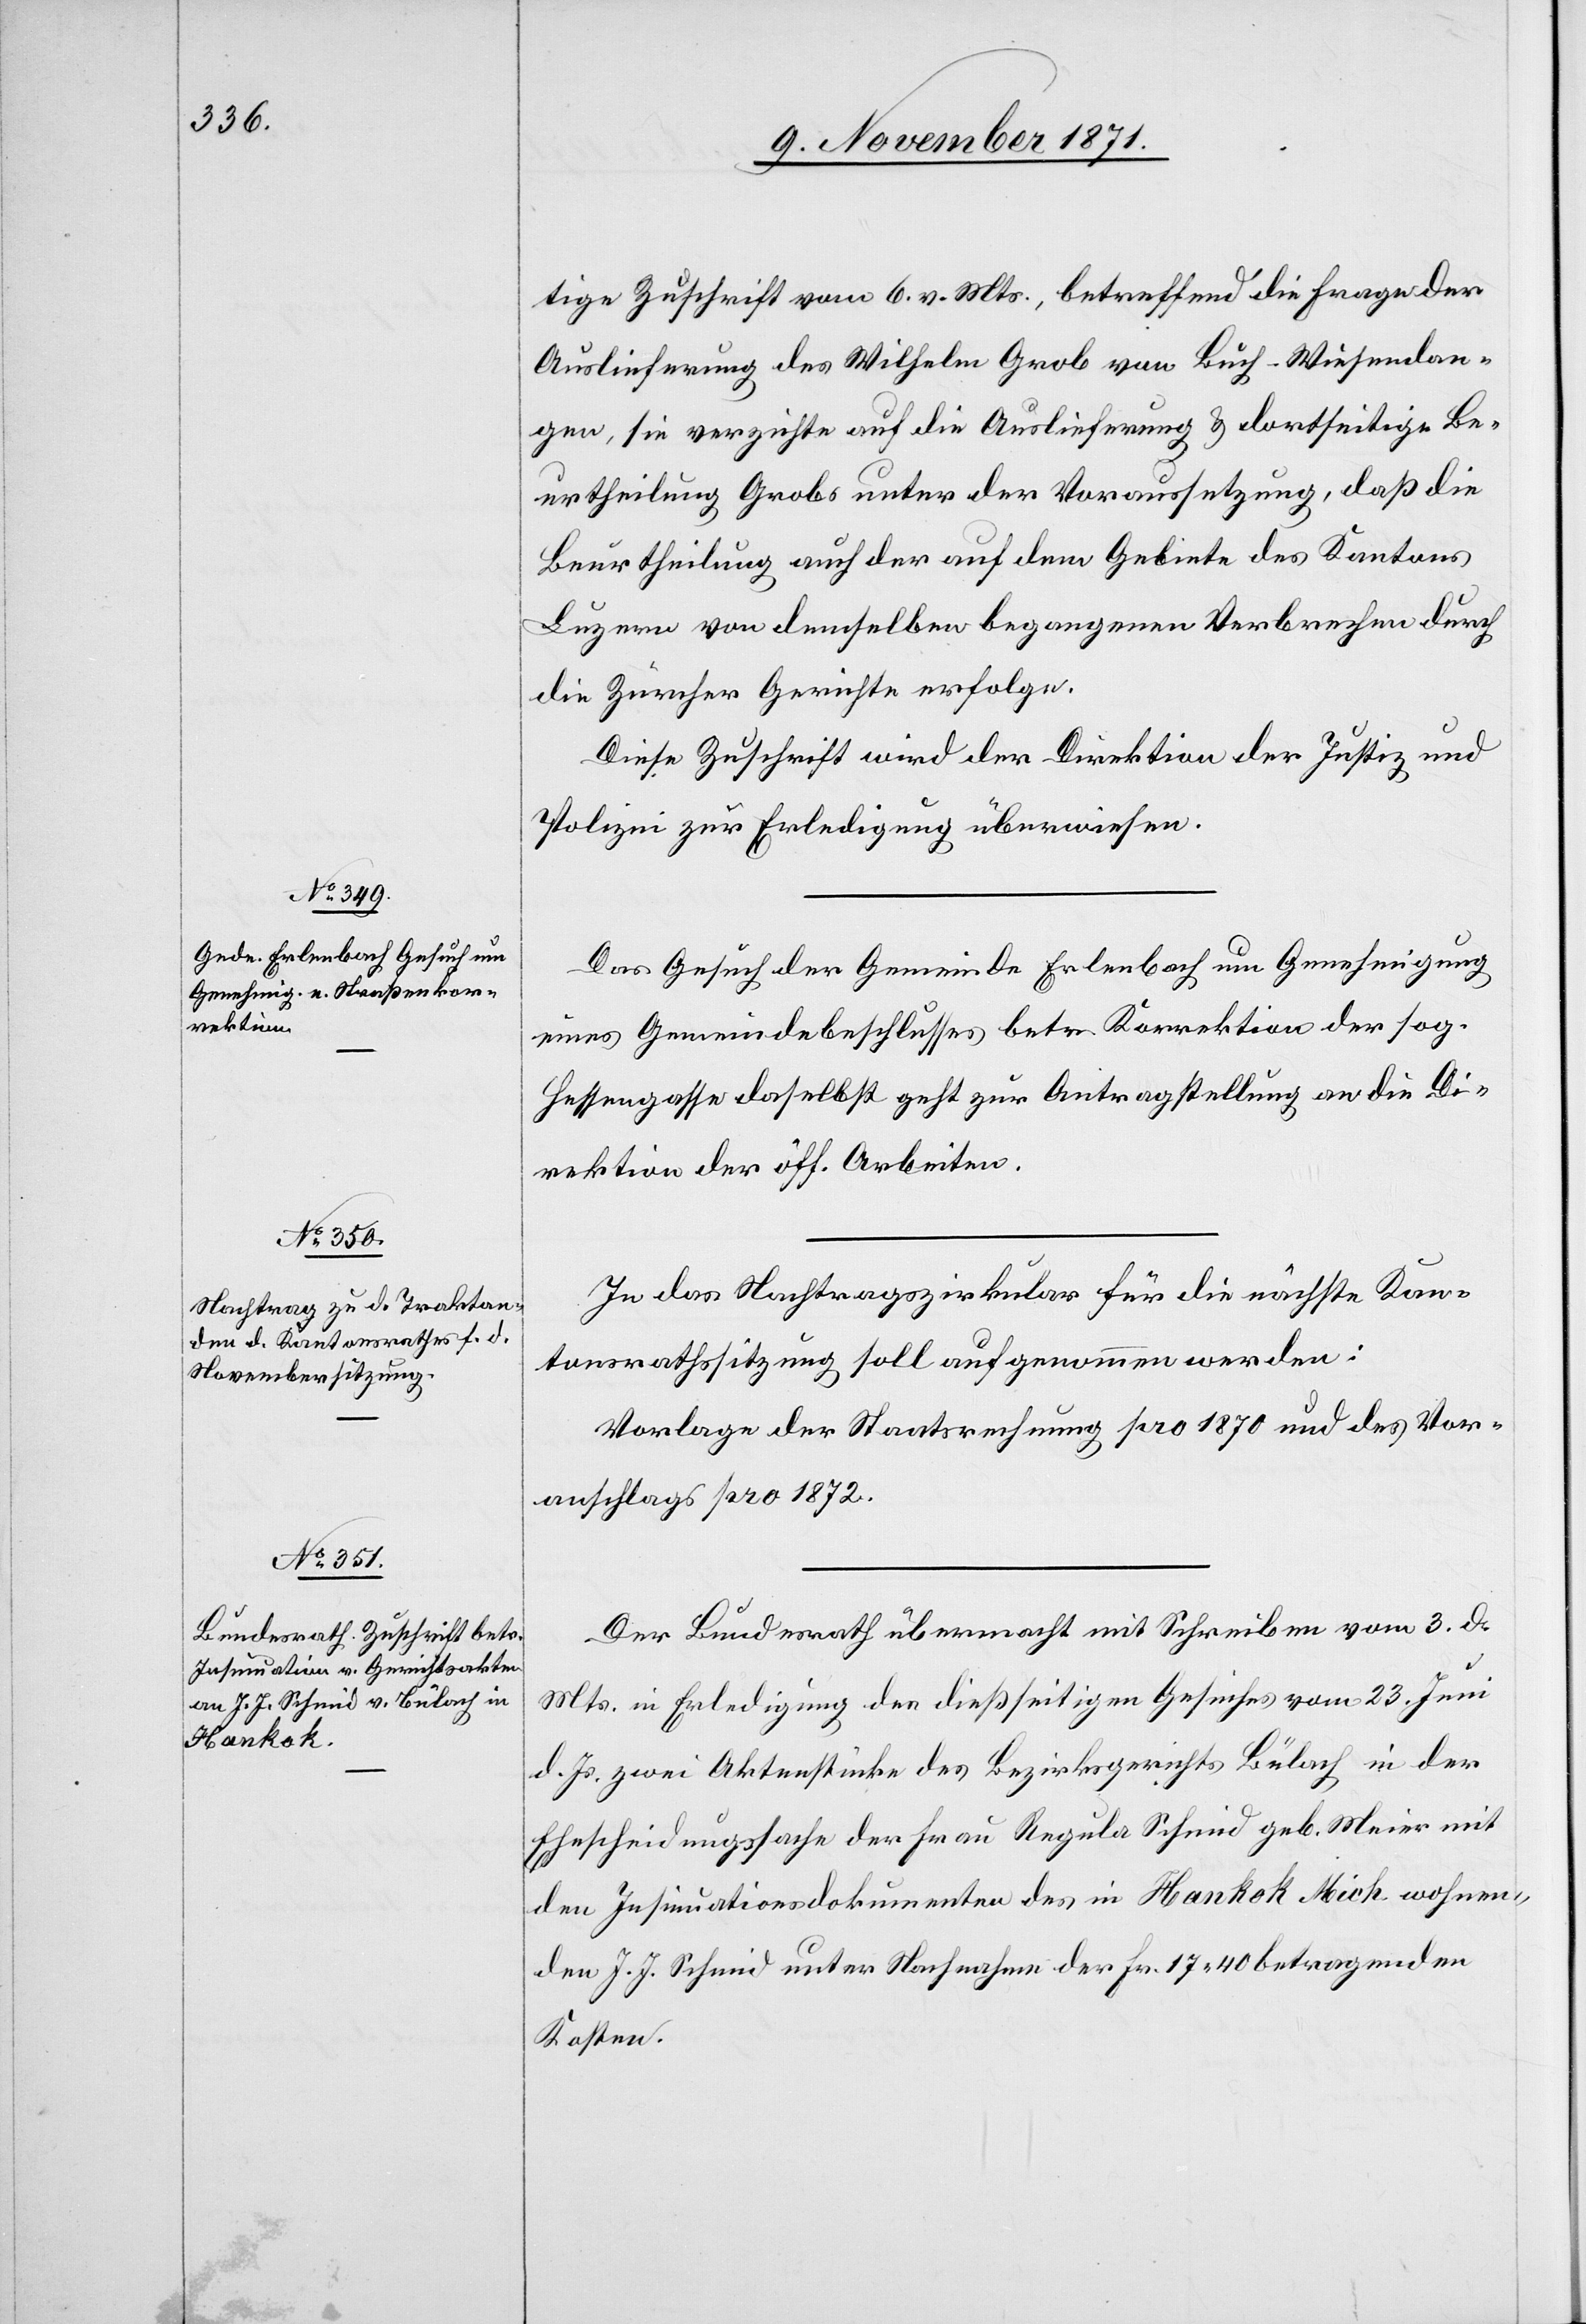
9. November 1871.]
tige Zuschrift vom 6. v. Mts., betreffend die Frage der
Auslieferung des Wilhelm Grob von Buch-Wiesendan¬
gen, sie verzichte auf die Auslieferung & dortseitige Be¬
urtheilung Grobs unter der Voraussetzung, daß die
Beurtheilung auch der auf dem Gebiete des Kantons
Luzern von demselben begangenen Verbrechen durch
die Zürcher Gerichte erfolge.
Diese Zuschrift wird der Direktion der Justiz und
Polizei zur Erledigung überwiesen.
Das Gesuch der Gemeinde Erlenbach um Genehmigung
eines Gemeindebeschlusses betr. Korrektion der sog.
Hessengasse daselbst geht zur Antragstellung an die Di¬
rektion der öff. Arbeiten.
In das Nachtragszirkular für die nächste Kan¬
tonsrathsitzung soll aufgenommen werden:
Vorlage der Staatsrechnung pro 1870 und des Vor¬
anschlags pro 1872.
Der Bundesrath übermacht mit Schreiben vom 3. d.
Mts. in Erledigung des dießseitigen Gesuches vom 23. Juni
d. Js. zwei Aktenstücke des Bezirksgerichts Bülach in der
Ehescheidungssache der Frau Regula Schmid geb. Meier mit
den Insinuationsdokumenten des in Hankok Mich wohnen¬
den J. J. Schmid unter Nachnahme der Fr. 17.40 betragenden
Kosten.